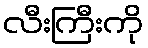
လီးကြီးကို